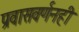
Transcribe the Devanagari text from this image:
प्रवासवर्णनही